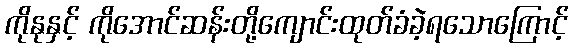
ကိုနုနှင့် ကိုအောင်ဆန်းတို့ကျောင်းထုတ်ခံခဲ့ရသောကြောင့်